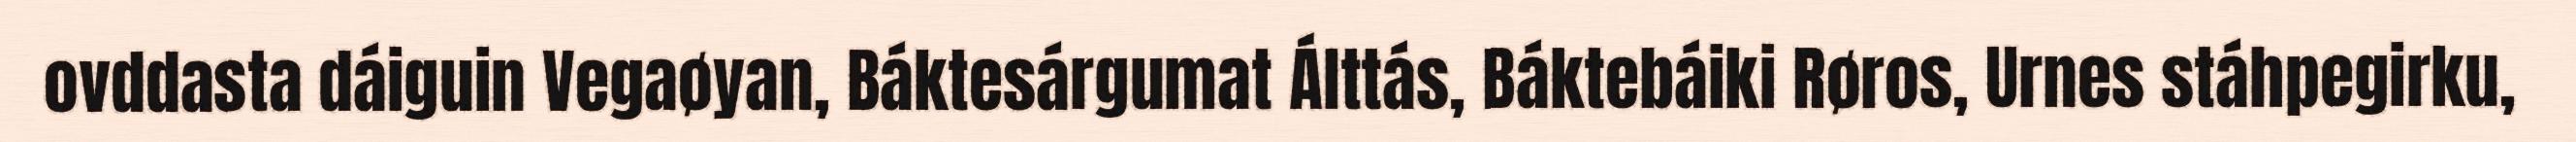
ovddasta dáiguin Vegaøyan, Báktesárgumat Álttás, Báktebáiki Røros, Urnes stáhpegirku,